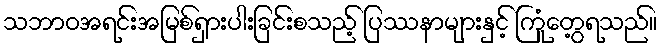
သဘာဝအရင်းအမြစ်ရှားပါးခြင်းစသည့် ပြဿနာများနှင့် ကြုံတွေ့ရသည်။